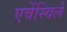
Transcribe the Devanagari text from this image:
एवेंस्विले